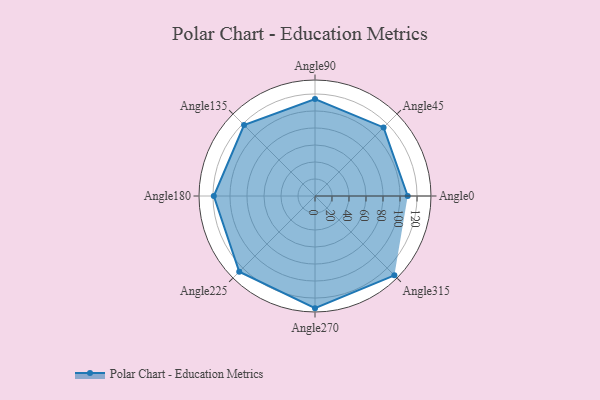
{"axis": {"x": "Angle", "y": "Radius"}, "legend": [""], "data": [{"x": "Angle0", "y": 109.0, "type": ""}, {"x": "Angle45", "y": 114.0, "type": ""}, {"x": "Angle90", "y": 114.0, "type": ""}, {"x": "Angle135", "y": 118.0, "type": ""}, {"x": "Angle180", "y": 119.0, "type": ""}, {"x": "Angle225", "y": 126.0, "type": ""}, {"x": "Angle270", "y": 132.0, "type": ""}, {"x": "Angle315", "y": 132.0, "type": ""}]}